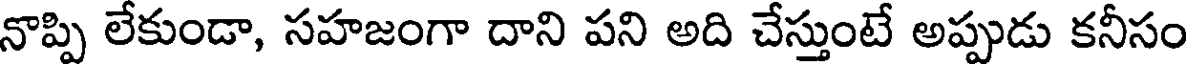
నొప్పి లేకుండా, సహజంగా దాని పని అది చేస్తుంటే అప్పుడు కనీసం